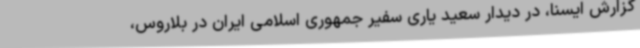
گزارش ایسنا، در دیدار سعید یاری سفیر جمهوری اسلامی ایران در بلاروس،